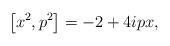
LaTeX: \begin{align*}\left[ x^{2},p^{2}\right] =-2+4ipx,\end{align*}